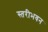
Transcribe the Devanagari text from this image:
स्तरीभवन